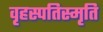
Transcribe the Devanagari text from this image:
वृहस्पतिस्मृति